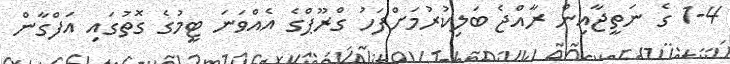
1-4 ގެ ނަތީޖާއިން ރާއްޖެ ބަލިކުރުމަށްފަހު ގްރޫޕްގެ އެއްވަނަ ޓީމުގެ ގޮތުގައި އަފްގާން